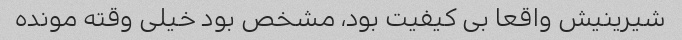
شیرینیش واقعا بی کیفیت بود، مشخص بود خیلی وقته مونده